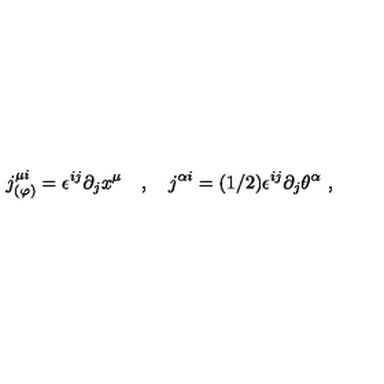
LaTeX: j _ { ( \varphi ) } ^ { \mu i } = \epsilon ^ { i j } \partial _ { j } x ^ { \mu } \quad , \quad j ^ { \alpha i } = ( 1 / 2 ) \epsilon ^ { i j } \partial _ { j } \theta ^ { \alpha } \ ,